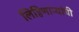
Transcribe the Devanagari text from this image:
लिहिणाऱ्यांची